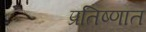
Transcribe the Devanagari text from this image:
प्रतिष्णात